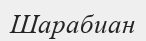
Шарабиан